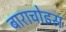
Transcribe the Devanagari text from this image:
बाराचोइस